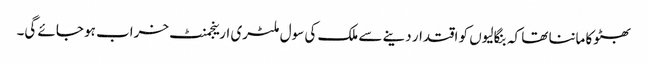
بھٹوکا ماننا تھا کہ بنگالیوں کو اقتدار دینے سے ملک کی سول ملٹری ارینجمنٹ خراب ہو جائے گی۔